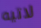
لاتيه